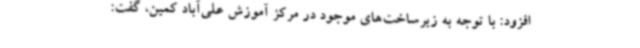
افزود: با توجه به زیرساخت‌های موجود در مرکز آموزش علی‌آباد کمین، گفت: